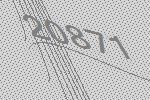
20871